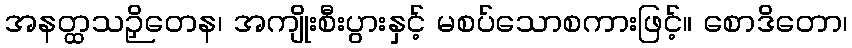
အနတ္ထသဉှိတေန၊ အကျိုးစီးပွားနှင့် မစပ်သောစကားဖြင့်။ စောဒိတော၊